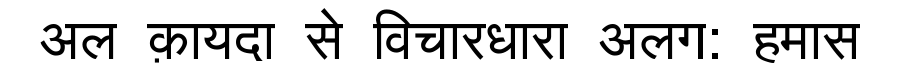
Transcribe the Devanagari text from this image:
अल क़ायदा से विचारधारा अलग: हमास